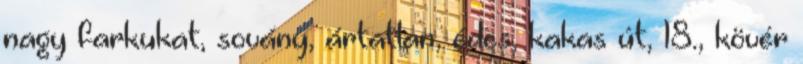
nagy farkukat, sovány, ártatlan, édes, kakas út, 18., kövér